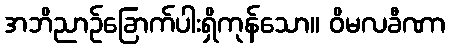
အဘိညာဉ်ခြောက်ပါးရှိကုန်သော။ ဝိမလခီဏာ